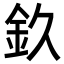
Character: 𨥆